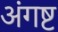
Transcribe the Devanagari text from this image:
अंगष्ट